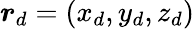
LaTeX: \boldsymbol{r}_{d}=(x_{d},y_{d},z_{d})